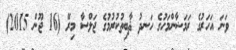
ވަނަ އަހަރުގެ ރަމަޟާންމަހުގެ ހަނދު ޘާބިތުކުރުމުގެ ޖަލްސާ މިރޭ (16 ޖޫން 2015)